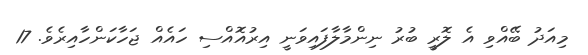
މިއަދު ބޭއްވި އެ ލޮރީ ބުރު ނިންމާލާފައިވަނީ އިރުއޮއްސި ހައެއް ޖަހާކަންހާއިރެވެ. 17